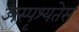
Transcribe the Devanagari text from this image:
अस्पृश्यतेस